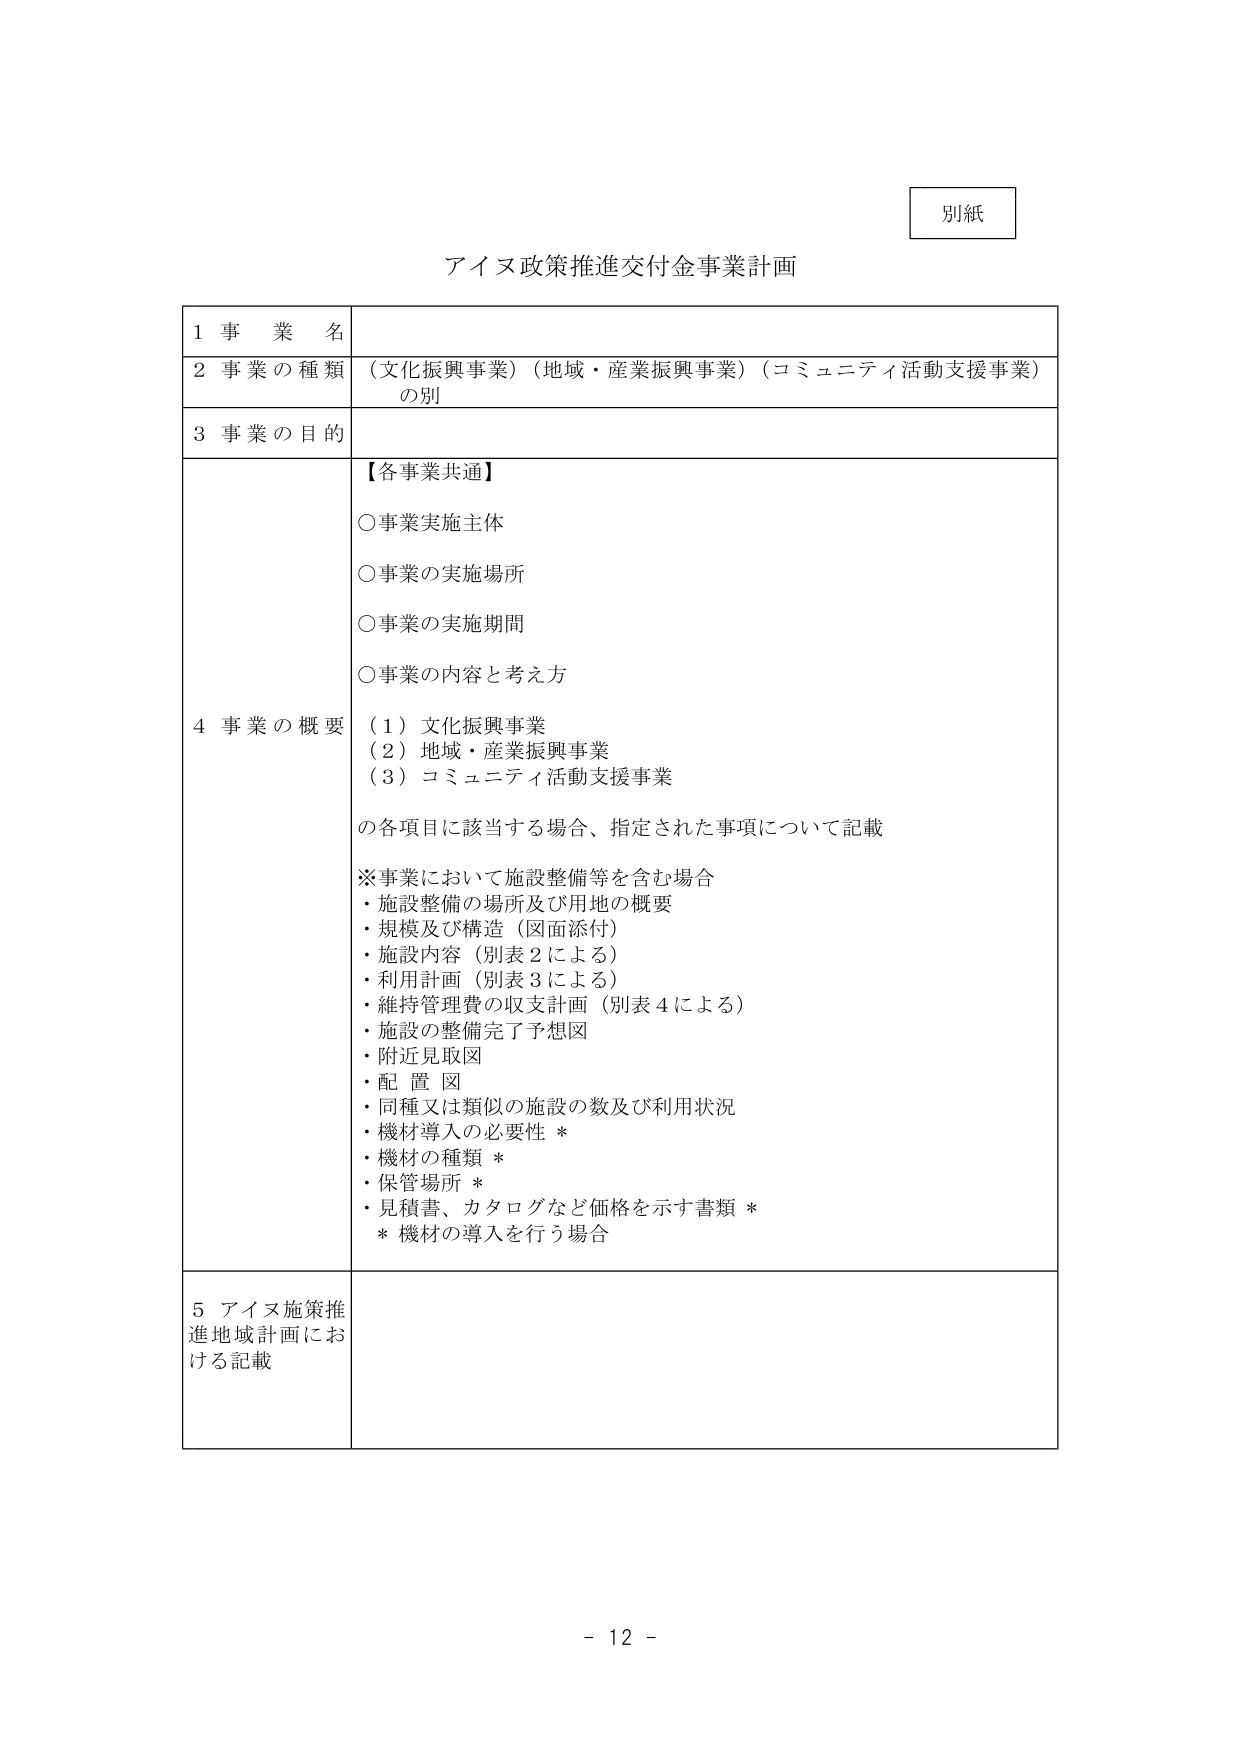
別紙

アイヌ政策推進交付金事業計画

1 事業名

2 事業の種類 （文化振興事業）（地域・産業振興事業）（コミュニティ活動支援事業）の別

3 事業の目的

4 事業の概要 【各事業共通】
○事業実施主体
○事業の実施場所
○事業の実施期間
○事業の内容と考え方
（1）文化振興事業
（2）地域・産業振興事業
（3）コミュニティ活動支援事業
の各項目に該当する場合、指定された事項について記載

※事業において施設整備等を含む場合
・施設整備の場所及び用地の概要
・規模及び構造（図面添付）
・施設内容（別表2による）
・利用計画（別表3による）
・維持管理費の収支計画（別表4による）
・施設の整備完了予想図
・附近見取図
・配置図
・同種又は類似の施設の数及び利用状況
・機材導入の必要性 ＊
・機材の種類 ＊
・保管場所 ＊
・見積書、カタログなど価格を示す書類 ＊
＊機材の導入を行う場合

5 アイヌ施策推進地域計画における記載

- 12 -